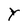
Character: Y